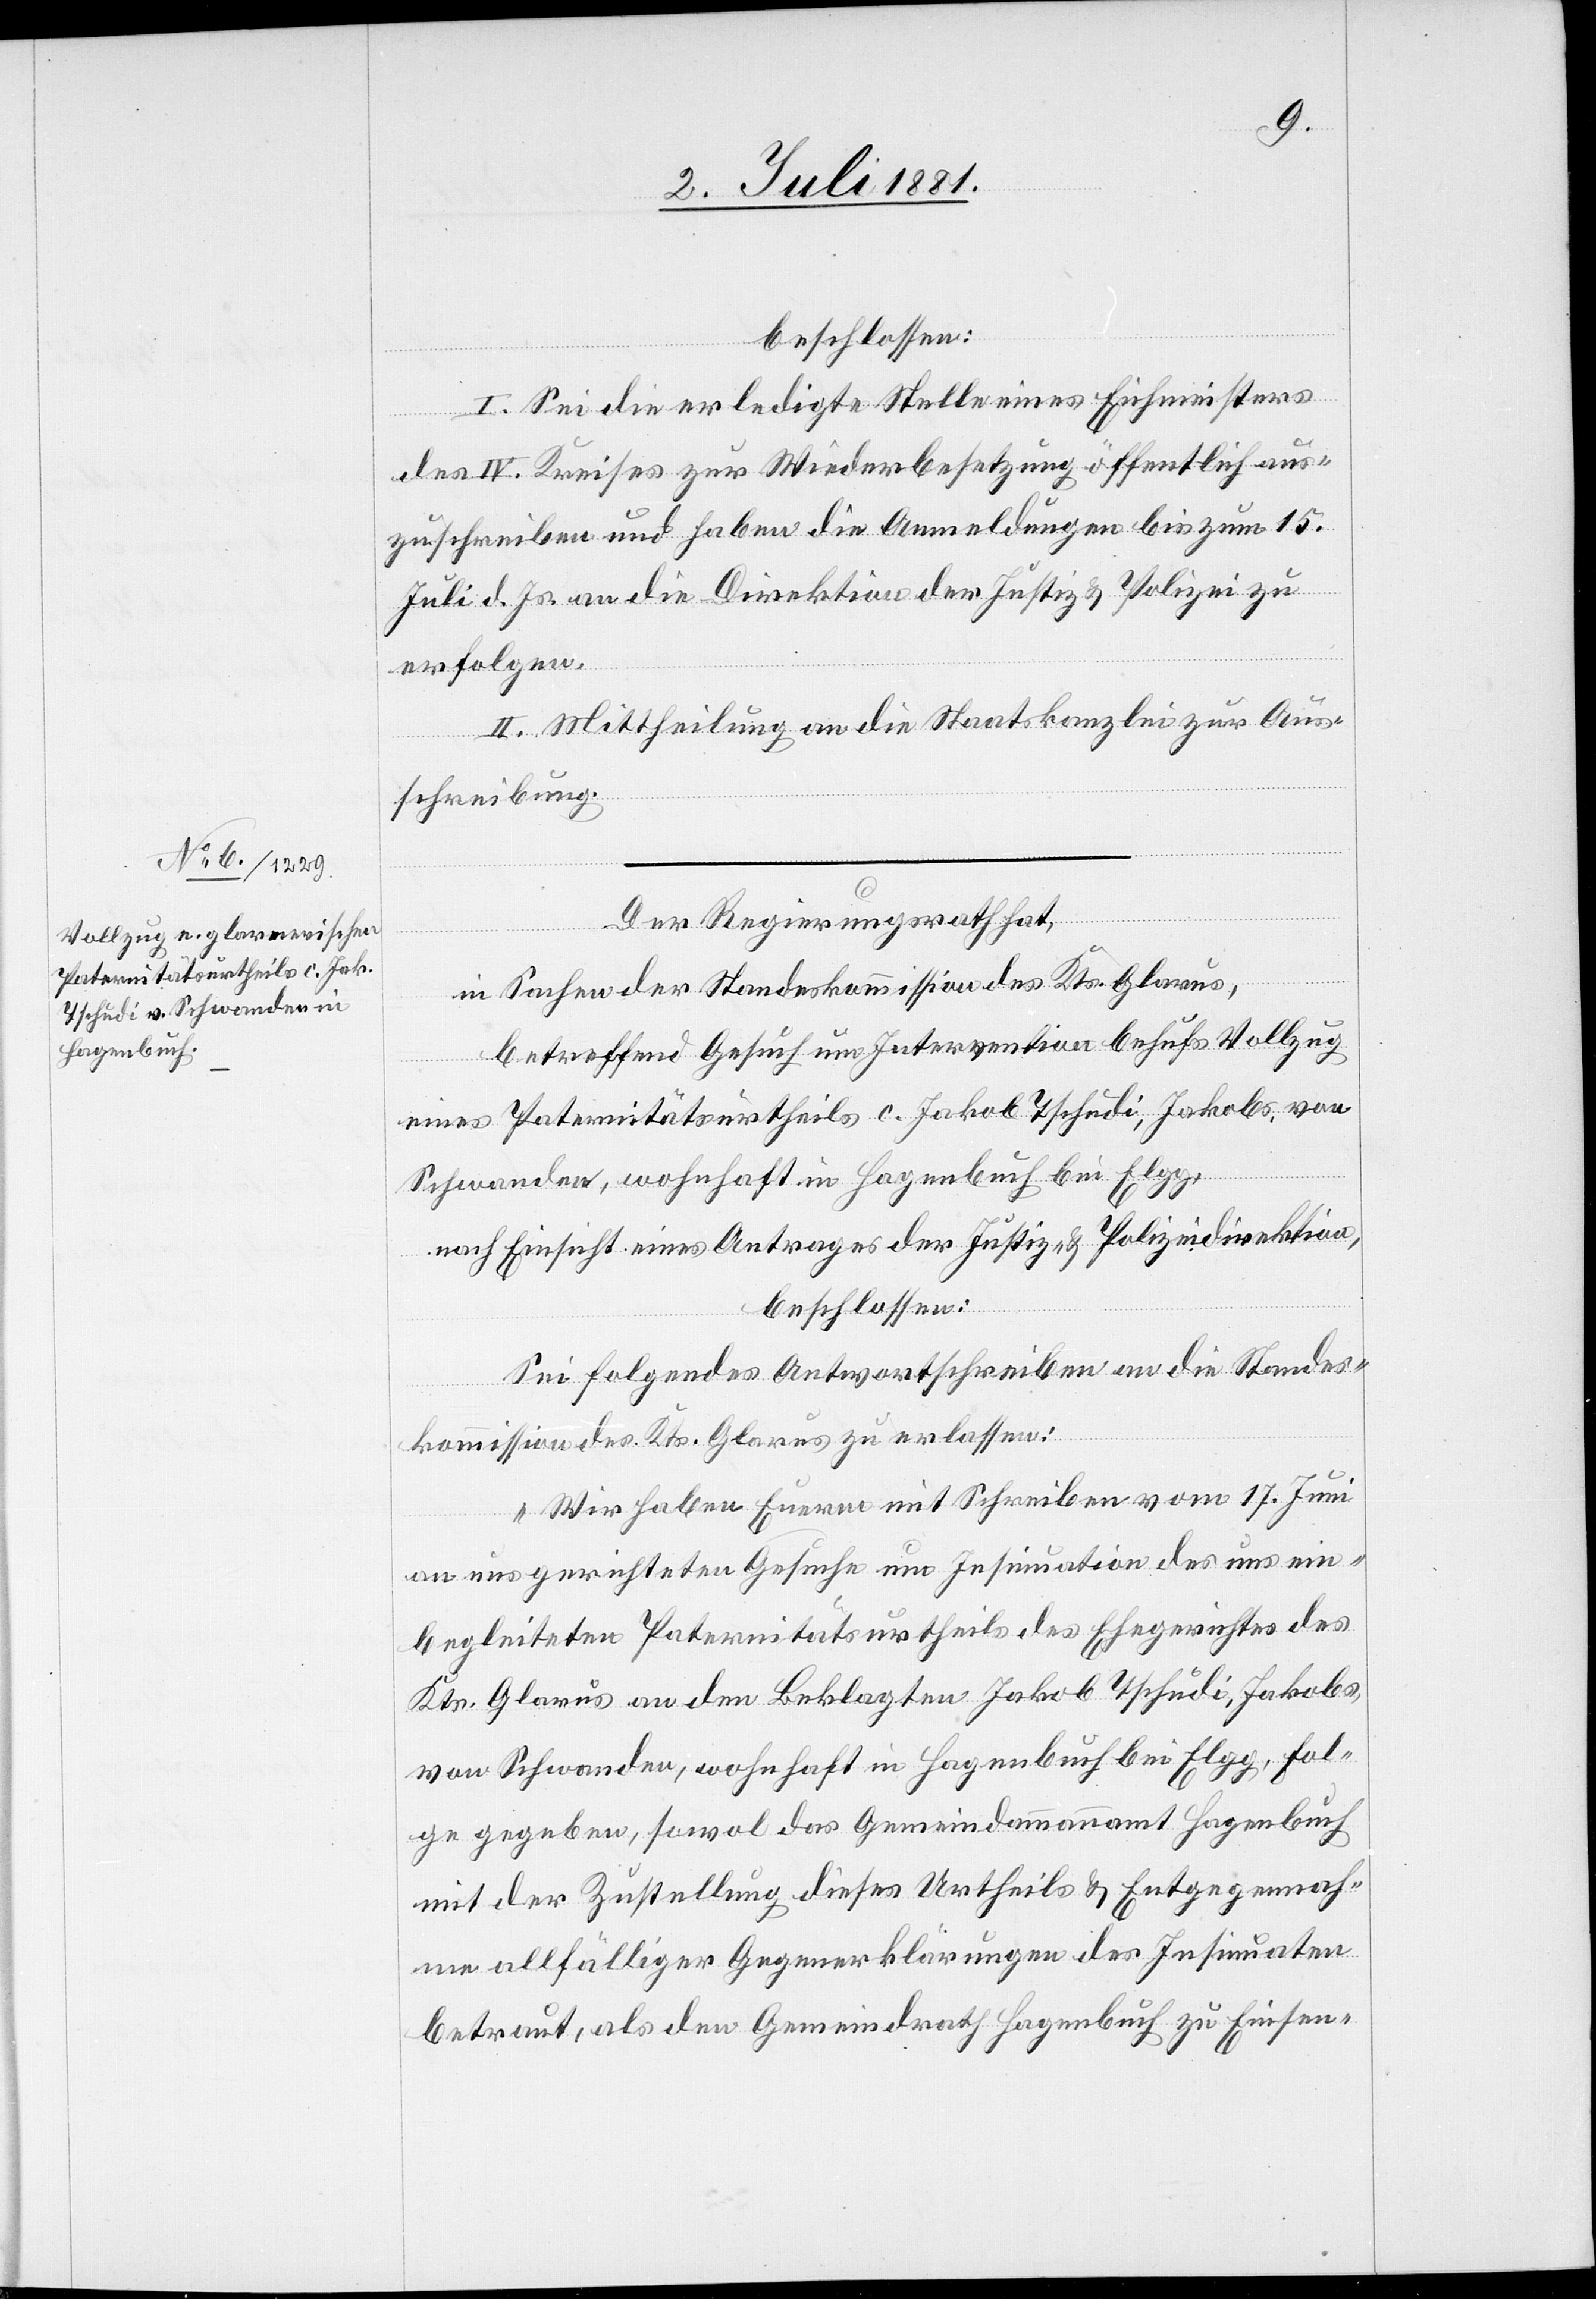
beschlossen:
I. Sei die erledigte Stelle eines Eichmeisters
des IV. Kreises zur Wiederbesetzung öffentlich aus¬
zuschreiben und haben die Anmeldungen bis zum 15.
Juli d. Js. an die Direktion der Justiz & Polizei zu
erfolgen.
II. Mittheilung an die Staatskanzlei zur Aus¬
schreibung.
Der Regierungsrath hat,
in Sachen der Standeskommission des Kts. Glarus,
betreffend Gesuch um Intervention behufs Vollzug
eines Paternitätsurtheils c. Jakob Tschudi, Jakobs, von
Schwanden, wohnhaft in Hagenbuch bei Elgg,
nach Einsicht eines Antrages der Justiz- & Polizeidirektion,
beschlossen:
Sei folgendes Antwortschreiben an die Standes¬
kommission des Kts. Glarus zu erlassen:
„Wir haben Euerm mit Schreiben vom 17. Juni
an uns gerichteten Gesuche um Insinuation des uns ein¬
begleiteten Paternitätsurtheils des Ehegerichtes des
Kts. Glarus an den Beklagten Jakob Tschudi, Jakobs,
von Schwanden, wohnhaft in Hagenbuch bei Elgg, Fol¬
ge gegeben, sowol das Gemeindammannamt Hagenbuch
mit der Zustellung dieses Urtheils & Entgegennah¬
me allfälliger Gegenerklärungen des Insinuaten
betraut, als den Gemeindrath Hagenbuch zu Einsen-